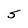
Character: S